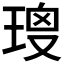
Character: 𤦑